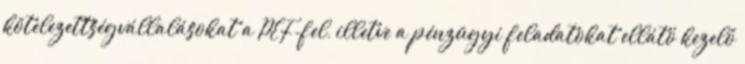
kötelezettségvállalásokat a PEF-fel, illetve a pénzügyi feladatokat ellátó kezelő